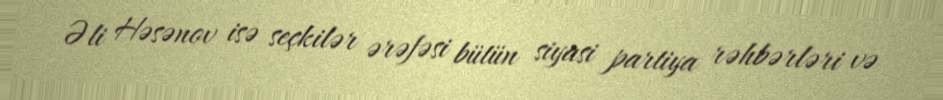
Əli Həsənov isə seçkilər ərəfəsi bütün siyasi partiya rəhbərləri və